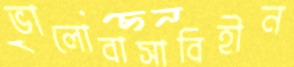
ভালোবাসাবিহীন